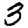
Digit: 3